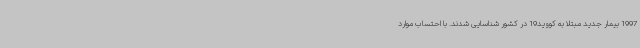
1997 بیمار جدید مبتلا به کووید19 در کشور شناسایی شدند. با احتساب موارد